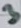
Text: 3